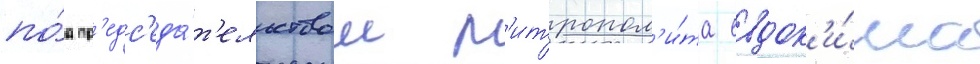
по́д пр'едс'еда́т'ельством м'итропол'и́та евдок'и́ма